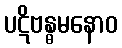
ပဋိဗန္ဓမနောဝ